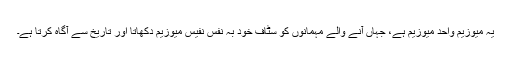
یہ میوزیم واحد میوزیم ہے، جہاں آنے والے مہمانوں کو سٹاف خود بہ نفس نفیس میوزیم دکھاتا اور تاریخ سے آگاہ کرتا ہے۔